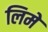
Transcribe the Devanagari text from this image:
लिमे